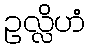
ဥလ္လိဟံ